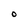
Character: O